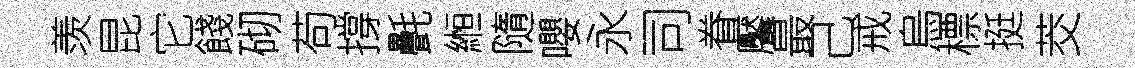
羡昆它餞砌苟撐㲲縆隨嚶永司眷饜最己戒烏標挺茭